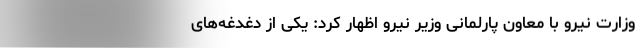
وزارت نیرو با معاون پارلمانی وزیر نیرو اظهار کرد: یکی از دغدغه‌های